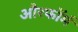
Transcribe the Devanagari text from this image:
औरफॉर्म